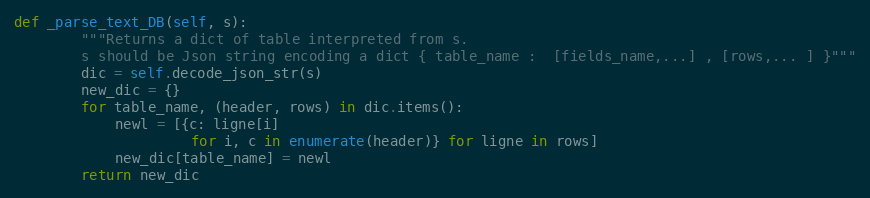
Language: Python
def _parse_text_DB(self, s):
        """Returns a dict of table interpreted from s.
        s should be Json string encoding a dict { table_name :  [fields_name,...] , [rows,... ] }"""
        dic = self.decode_json_str(s)
        new_dic = {}
        for table_name, (header, rows) in dic.items():
            newl = [{c: ligne[i]
                     for i, c in enumerate(header)} for ligne in rows]
            new_dic[table_name] = newl
        return new_dic